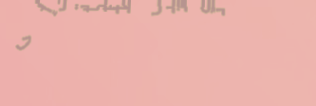
توصيل طلباتك إلى باب بيتك